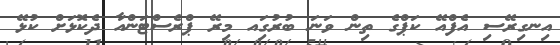
އިނގިރޭސި އެފްއޭ ކަޕްގެ ތިން ވަނަ ބުރުގަިއ މިރޭ ޕްރެސްޓަންއާ ދެކޮޅަށް ކުޅޭ